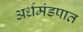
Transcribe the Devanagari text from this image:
अर्धमंडपात